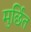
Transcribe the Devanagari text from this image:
मुर्छित